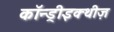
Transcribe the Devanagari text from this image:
कॉन्ड्रीइक्थीज़